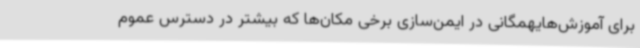
برای آموزش‌هایهمگانی در ایمن‌سازی برخی مکان‌ها که بیشتر در دسترس عموم